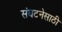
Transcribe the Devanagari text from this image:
संघटनेसाठी